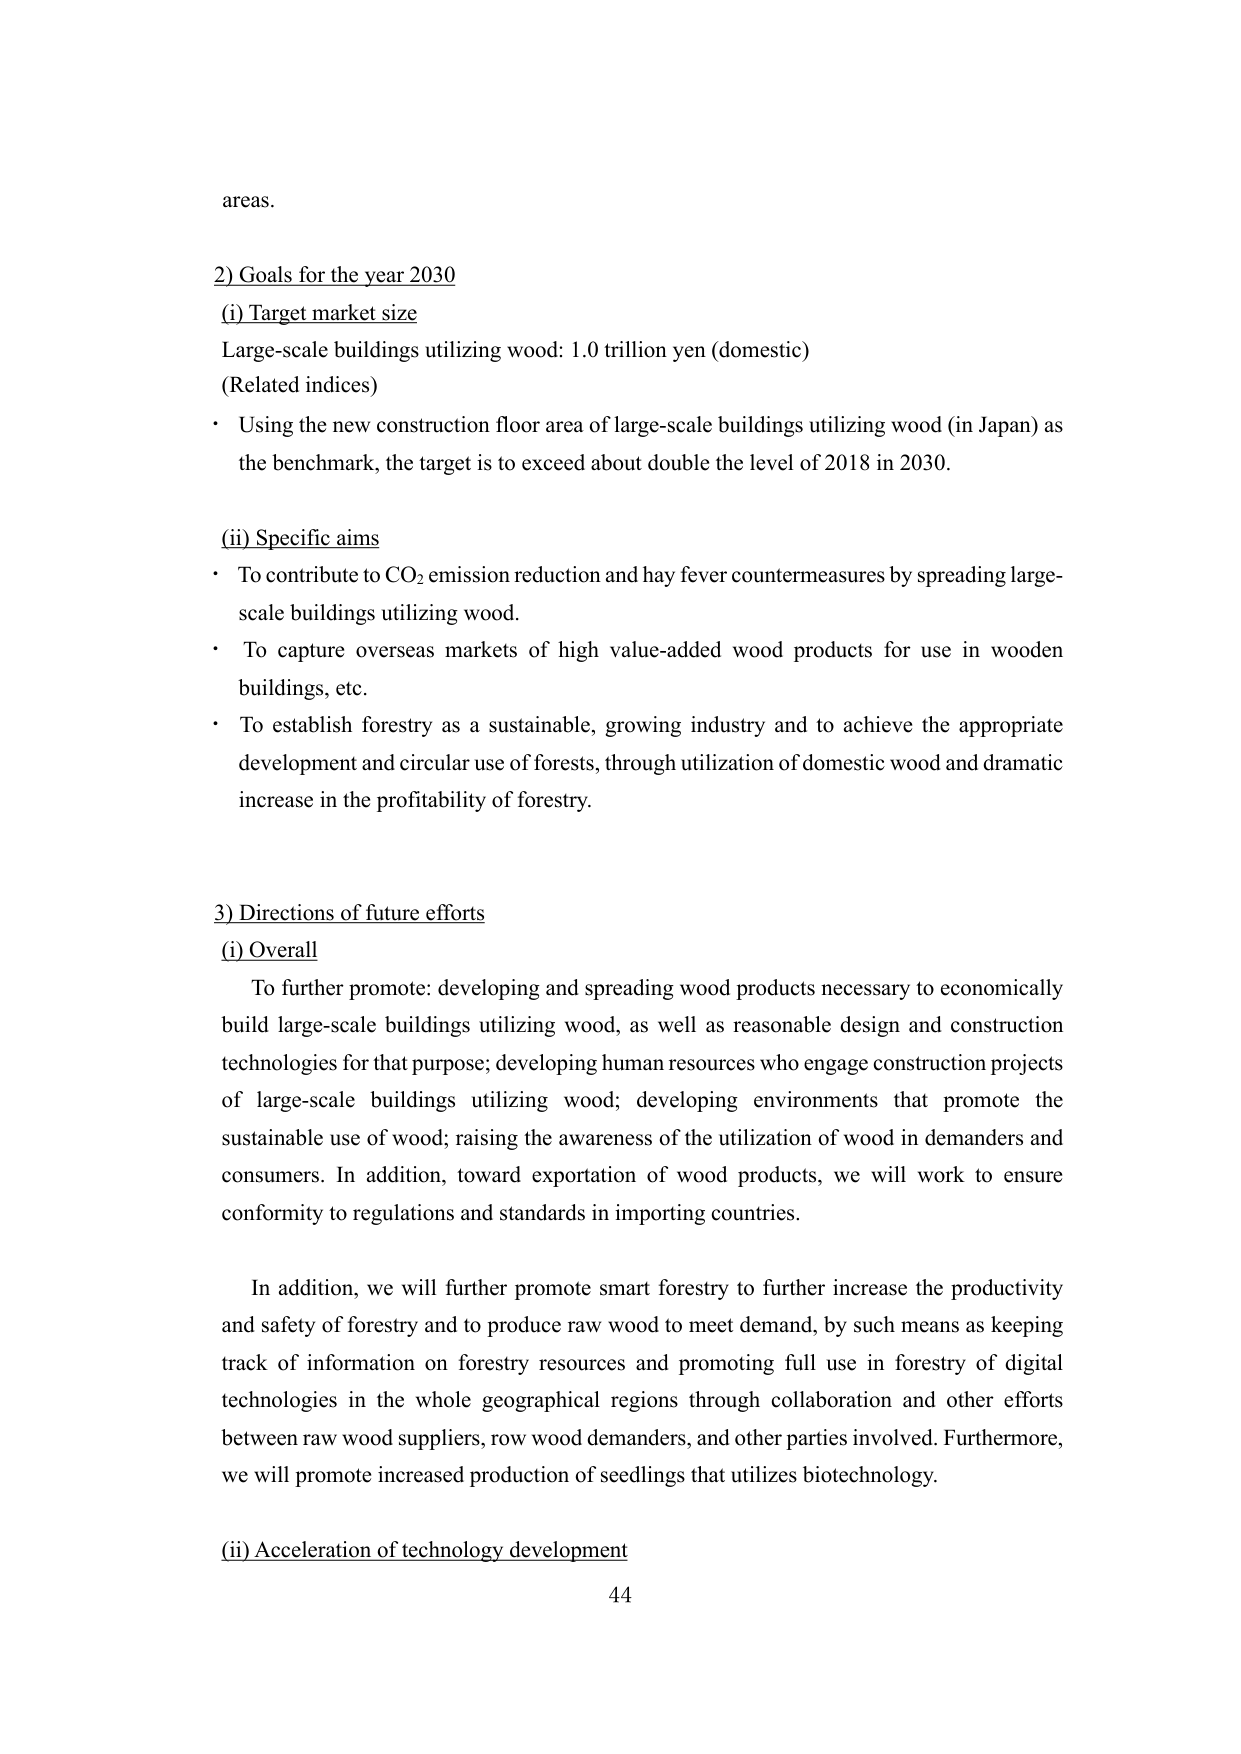
areas.

2) Goals for the year 2030
(i) Target market size
Large-scale buildings utilizing wood: 1.0 trillion yen (domestic)
(Related indices)
• Using the new construction floor area of large-scale buildings utilizing wood (in Japan) as the benchmark, the target is to exceed about double the level of 2018 in 2030.

(ii) Specific aims
• To contribute to CO₂ emission reduction and hay fever countermeasures by spreading large-scale buildings utilizing wood.
• To capture overseas markets of high value-added wood products for use in wooden buildings, etc.
• To establish forestry as a sustainable, growing industry and to achieve the appropriate development and circular use of forests, through utilization of domestic wood and dramatic increase in the profitability of forestry.

3) Directions of future efforts
(i) Overall
To further promote: developing and spreading wood products necessary to economically build large-scale buildings utilizing wood, as well as reasonable design and construction technologies for that purpose; developing human resources who engage construction projects of large-scale buildings utilizing wood; developing environments that promote the sustainable use of wood; raising the awareness of the utilization of wood in demanders and consumers. In addition, toward exportation of wood products, we will work to ensure conformity to regulations and standards in importing countries.

In addition, we will further promote smart forestry to further increase the productivity and safety of forestry and to produce raw wood to meet demand, by such means as keeping track of information on forestry resources and promoting full use in forestry of digital technologies in the whole geographical regions through collaboration and other efforts between raw wood suppliers, row wood demanders, and other parties involved. Furthermore, we will promote increased production of seedlings that utilizes biotechnology.

(ii) Acceleration of technology development
44